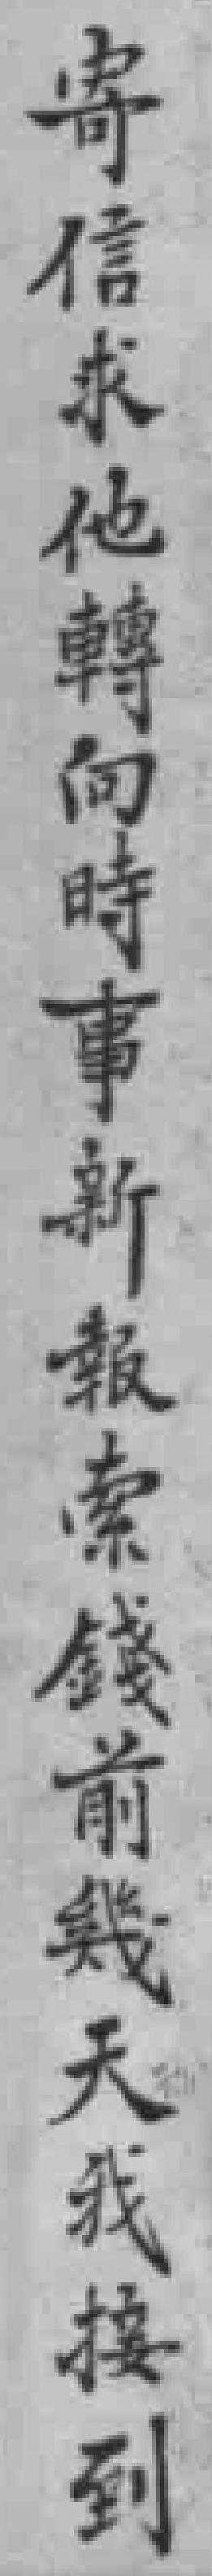
寄信求他轉向時事新報索錢前幾天我接到